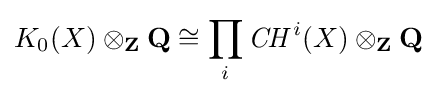
K_{0}(X)\otimes _{\mathbf {Z} }\mathbf {Q} \cong \prod _{i}{\mathit {CH}}^{i}(X)\otimes _{\mathbf {Z} }\mathbf {Q}